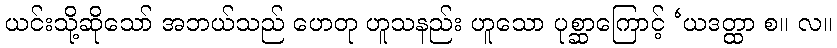
ယင်းသို့ဆိုသော် အဘယ်သည် ဟေတု ဟူသနည်း ဟူသော ပုစ္ဆာကြောင့် ‘ယဒတ္ထာ စ။ လ။